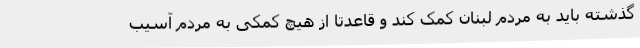
گذشته باید به مردم لبنان کمک کند و قاعدتاً از هیچ کمکی به مردم آسیب